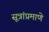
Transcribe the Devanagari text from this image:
सूत्रांप्रमाणे